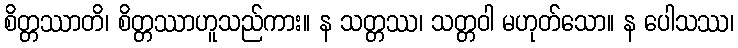
စိတ္တဿာတိ၊ စိတ္တဿာဟူသည်ကား။ န သတ္တဿ၊ သတ္တဝါ မဟုတ်သော။ န ပေါသဿ၊